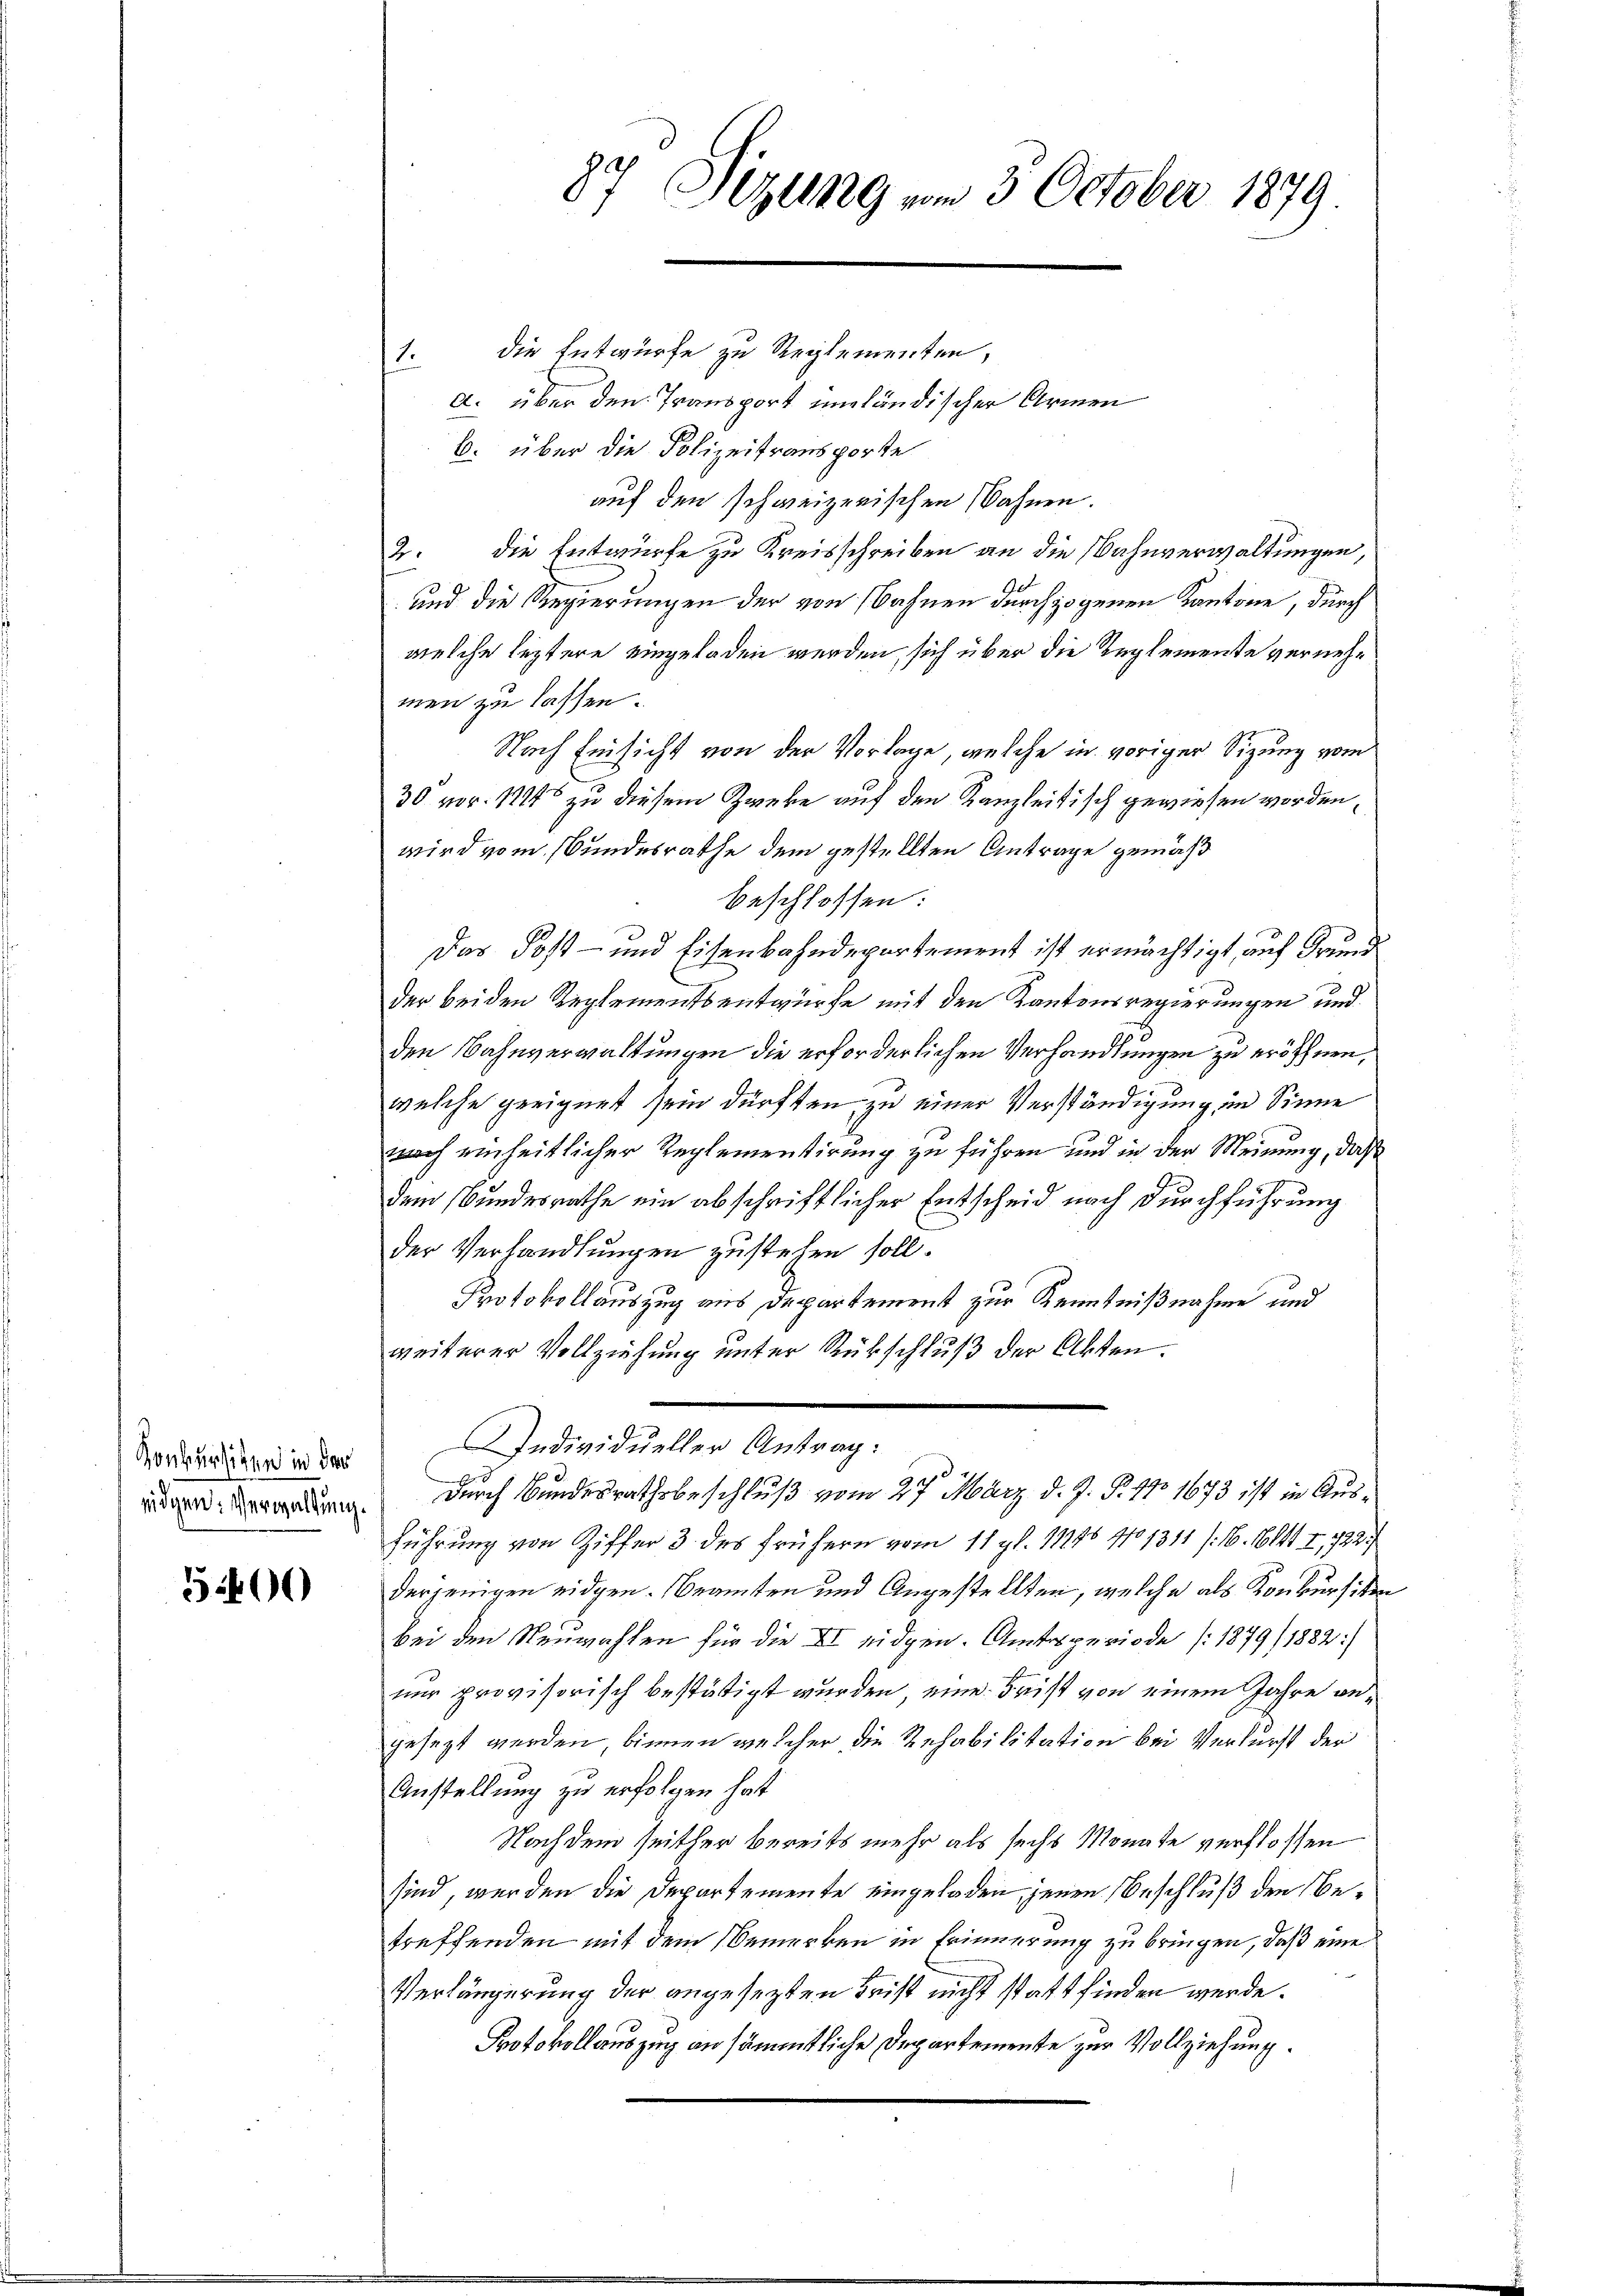
Konkursitzen in der
eidgen: Verwaltung.

5400

87 Sitzung vom 5. October 1879.

die Entwurfe zu Reglementen,
1.
a. über den Transport unländischer Armen
b. über die Polizeitransporte
auf den schweizerischen Bahnen.
2. die Entwurfe zu Kreisschreiben an die Wahnverwaltungen,
und die Regierungen der von Bahnen durchzogenen Kantone, durch
welche leztere eingeladen werden, sich über die Reglemente vernehmen zu lassen.
Nach Einsicht von der Vorlage, welche in voriger Sizung vom
30' vor. 1714 zu diesem Zweke auf den Kanzleitisch gewiesen worden,
wird vom Bundesrathe dem gestellten Antrage gemäß
beschlossen:
Das Post- und Eisenbahndepartement ist ermächtigt, auf Grund
der beiden Reglementsentwurfe mit den Kantonsregierungen und
den Bahnverwaltungen die erforderlichen Verhandlungen zu eröffnen,
welche geeignet sein dürften, zu einer Verständigung im Sinne
nach einheitlicher Reglementirung zu führen und in der Meinung, daß
dem Bundesrathe ein abschriftlicher Entscheid nach Durchführung
der Verhandlungen zustehen soll.
Protokollauszug aus Departement zur Kenntnißnahme und
weiterer Vollziehung unter Rückschluß der Akten.
IIndividueller Antrag:
 2
x
durch Bundesrathsbeschluß vom 27. März d. J. P. 173 1673 ist in Ausführung von Ziffer 3. des frühern vom 11. gl. 11146 410 1311 (16. 1614 I, 722
derjenigen eidgen. Beamten und Angestellten, welche als Konkursiten
bei den Neuwahlen für die II eidgen. Amtsperiode (1879/1882:
nur provisorisch bestätigt wurden, eine Frist von einem Jahre begesezt werden, binnen welcher die Rehabilitation bei Verlurst der
Anstellung zu erfolgen hat
Nachdem seither bereits mehr als sechs Monate verflossen
sind, werden die Departemente eingeladen, jenen Beschluß den Betreffenden mit dem Bemerken in Erinnerung zu bringen, daß eine
Verlängerung der angesezten Frist nicht statt finden werde.
Protokollauszug an sämmtliche Departemente zur Vollziehung.